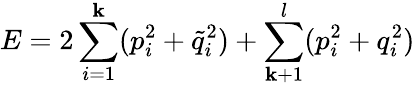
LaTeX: E=2\sum_{i=1}^{\mathbf{k}}(p_{i}^{2}+\tilde{{q}}_{i}^{2})+\sum_{\mathbf{k}+1}^{l}(p_{i}^{2}+q_{i}^{2})